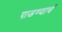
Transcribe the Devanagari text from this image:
पाडण्याचं